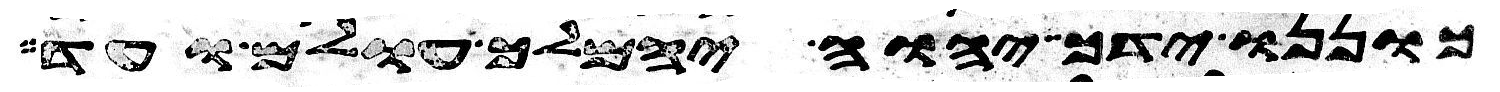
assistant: כוננו ידך יהוה ימלך עולם ועוד